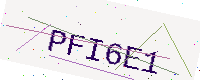
Text: PFI6E1